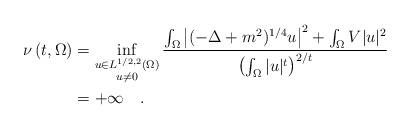
LaTeX: \begin{align*}\nu \left(t,\Omega \right) &= \inf_{\substack{u \in L^{1/2,2}(\Omega) \\ u \neq 0}} \frac{\int_\Omega \left| (-\Delta+m^2)^{1/4} u\right|^2 + \int_\Omega V |u|^2}{\left( \int_\Omega |u|^t \right)^{2/t}} \\{}&= +\infty \quad.\end{align*}